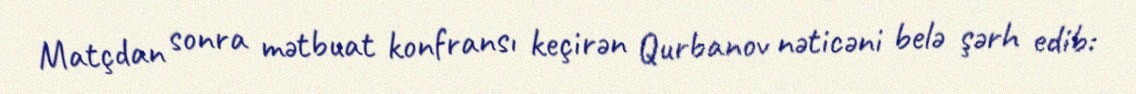
Matçdan sonra mətbuat konfransı keçirən Qurbanov nəticəni belə şərh edib: